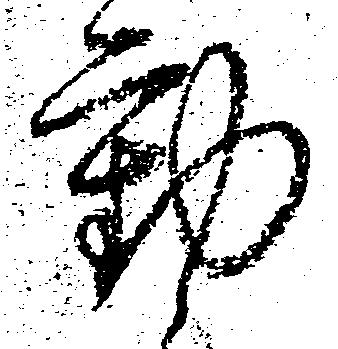
動